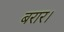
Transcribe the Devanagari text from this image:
बरार।